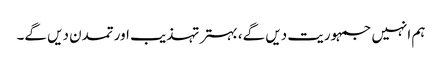
ہم انہیں جمہوریت دیں گے، بہتر تہذیب اور تمدن دیں گے۔